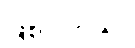
ဖြစ်ပါတယ်။